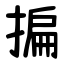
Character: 揙